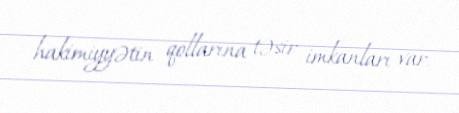
hakimiyyətin qollarına təsir imkanları var.